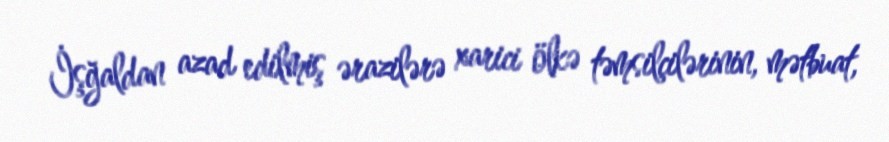
İşğaldan azad edilmiş ərazilərə xarici ölkə təmsilçilərinin, mətbuat,